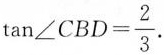
$$ \tan \angle CBD= \frac{2}{3}$$.